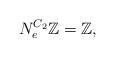
LaTeX: \begin{align*}N_{e}^{C_{2}}\mathbb Z=\mathbb Z,\end{align*}